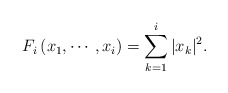
\begin{align*}F_{i}\left( x_{1},\cdots ,x_{i}\right) =\sum_{k=1}^{i}|x_{k}|^{2}.\end{align*}